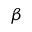
\beta